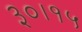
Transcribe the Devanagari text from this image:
३०।१५